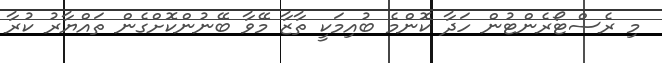
މި ރެސްޓޯރެންޓުން ހަދާ ކޮންމެ ބުއިމަކީ ތާޒާ މޭވާ ބޭނުންކޮށްގެން ތައްޔާރު ކުރާ